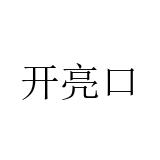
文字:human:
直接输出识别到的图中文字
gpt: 开亮口